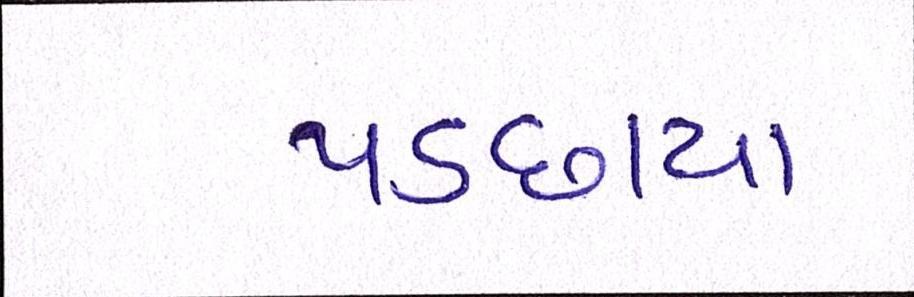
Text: પડછાયા